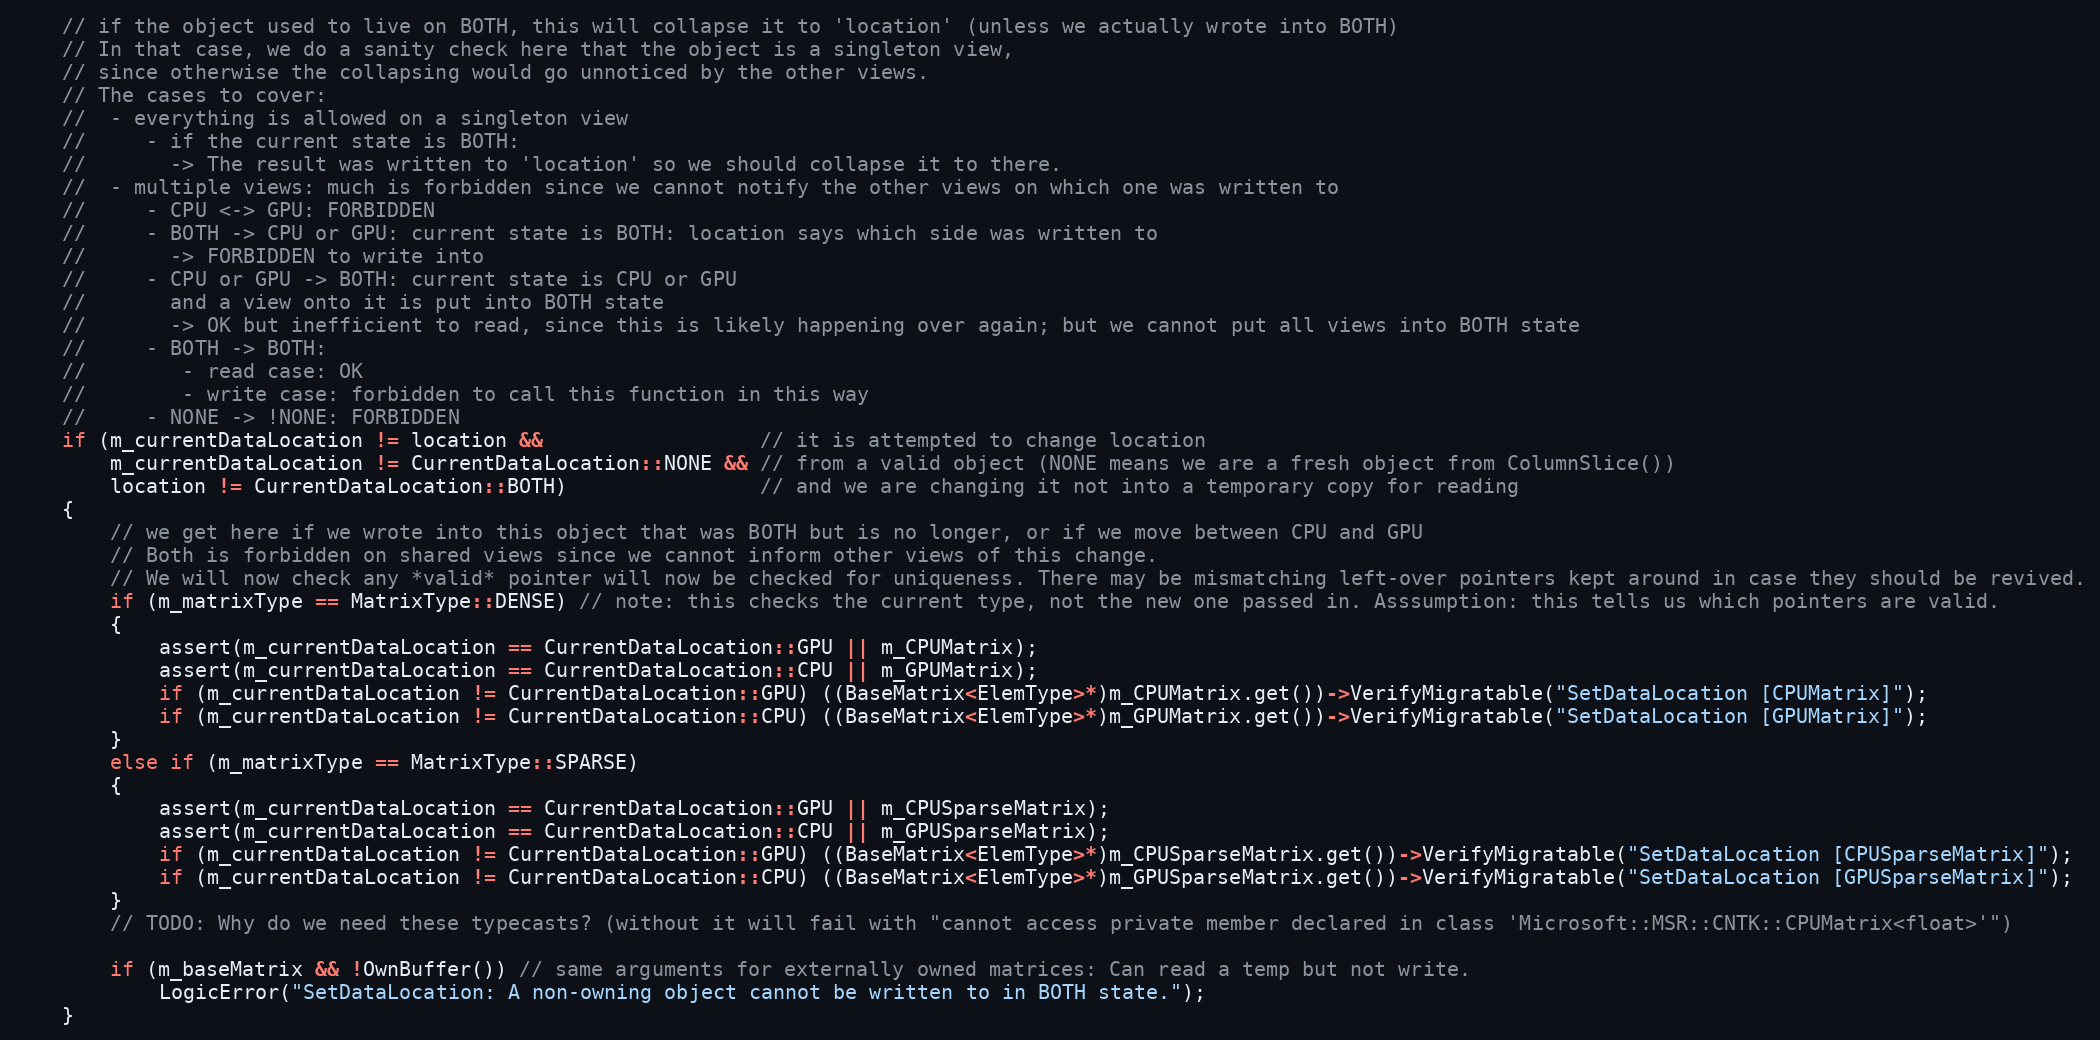
Language: C++
    // if the object used to live on BOTH, this will collapse it to 'location' (unless we actually wrote into BOTH)
    // In that case, we do a sanity check here that the object is a singleton view,
    // since otherwise the collapsing would go unnoticed by the other views.
    // The cases to cover:
    //  - everything is allowed on a singleton view
    //     - if the current state is BOTH:
    //       -> The result was written to 'location' so we should collapse it to there.
    //  - multiple views: much is forbidden since we cannot notify the other views on which one was written to
    //     - CPU <-> GPU: FORBIDDEN
    //     - BOTH -> CPU or GPU: current state is BOTH: location says which side was written to
    //       -> FORBIDDEN to write into
    //     - CPU or GPU -> BOTH: current state is CPU or GPU
    //       and a view onto it is put into BOTH state
    //       -> OK but inefficient to read, since this is likely happening over again; but we cannot put all views into BOTH state
    //     - BOTH -> BOTH:
    //        - read case: OK
    //        - write case: forbidden to call this function in this way
    //     - NONE -> !NONE: FORBIDDEN
    if (m_currentDataLocation != location &&                  // it is attempted to change location
        m_currentDataLocation != CurrentDataLocation::NONE && // from a valid object (NONE means we are a fresh object from ColumnSlice())
        location != CurrentDataLocation::BOTH)                // and we are changing it not into a temporary copy for reading
    {
        // we get here if we wrote into this object that was BOTH but is no longer, or if we move between CPU and GPU
        // Both is forbidden on shared views since we cannot inform other views of this change.
        // We will now check any *valid* pointer will now be checked for uniqueness. There may be mismatching left-over pointers kept around in case they should be revived.
        if (m_matrixType == MatrixType::DENSE) // note: this checks the current type, not the new one passed in. Asssumption: this tells us which pointers are valid.
        {
            assert(m_currentDataLocation == CurrentDataLocation::GPU || m_CPUMatrix);
            assert(m_currentDataLocation == CurrentDataLocation::CPU || m_GPUMatrix);
            if (m_currentDataLocation != CurrentDataLocation::GPU) ((BaseMatrix<ElemType>*)m_CPUMatrix.get())->VerifyMigratable("SetDataLocation [CPUMatrix]");
            if (m_currentDataLocation != CurrentDataLocation::CPU) ((BaseMatrix<ElemType>*)m_GPUMatrix.get())->VerifyMigratable("SetDataLocation [GPUMatrix]");
        }
        else if (m_matrixType == MatrixType::SPARSE)
        {
            assert(m_currentDataLocation == CurrentDataLocation::GPU || m_CPUSparseMatrix);
            assert(m_currentDataLocation == CurrentDataLocation::CPU || m_GPUSparseMatrix);
            if (m_currentDataLocation != CurrentDataLocation::GPU) ((BaseMatrix<ElemType>*)m_CPUSparseMatrix.get())->VerifyMigratable("SetDataLocation [CPUSparseMatrix]");
            if (m_currentDataLocation != CurrentDataLocation::CPU) ((BaseMatrix<ElemType>*)m_GPUSparseMatrix.get())->VerifyMigratable("SetDataLocation [GPUSparseMatrix]");
        }
        // TODO: Why do we need these typecasts? (without it will fail with "cannot access private member declared in class 'Microsoft::MSR::CNTK::CPUMatrix<float>'")

        if (m_baseMatrix && !OwnBuffer()) // same arguments for externally owned matrices: Can read a temp but not write.
            LogicError("SetDataLocation: A non-owning object cannot be written to in BOTH state.");
    }